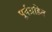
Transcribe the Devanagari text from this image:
पूर्वग्रहित